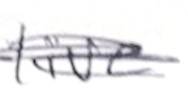
Text: live
Cross-out: scratch
Writing tool: pencil